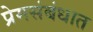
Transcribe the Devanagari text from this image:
प्रेमसंबंधात